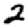
Digit: 2